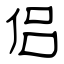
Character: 侣